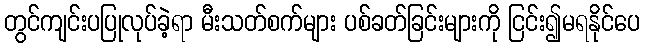
တွင်ကျင်းပပြုလုပ်ခဲ့ရာ မီးသတ်စက်များ ပစ်ခတ်ခြင်းများကို ငြင်း၍မရနိုင်ပေ